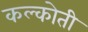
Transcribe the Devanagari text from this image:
कल्कोती